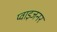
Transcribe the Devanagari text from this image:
प्वाइजनर